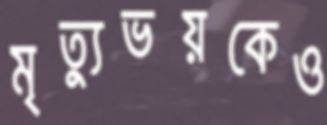
মৃত্যুভয়কেও